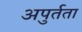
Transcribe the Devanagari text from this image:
अपुर्तता